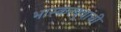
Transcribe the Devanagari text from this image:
भास्करबुवांची